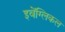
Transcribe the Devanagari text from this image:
इवेंग्लिकल